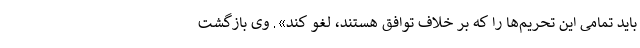
باید تمامی این تحریم‌ها را که بر خلاف توافق هستند، لغو کند». وی بازگشت